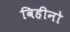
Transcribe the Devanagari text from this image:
विहीनो